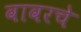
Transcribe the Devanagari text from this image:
वावरचे